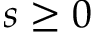
s \geq 0